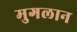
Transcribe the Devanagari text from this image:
मुगलान